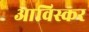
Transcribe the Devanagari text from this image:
आविस्कर